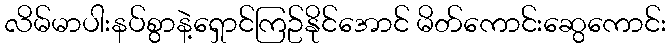
လိမ်မာပါးနပ်စွာနဲ့ရှောင်ကြဥ်နိုင်အောင် မိတ်ကောင်းဆွေကောင်း